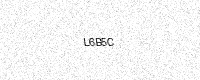
Text: L6B5C